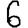
Digit: 6